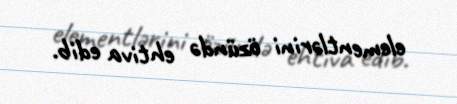
elementlərini özündə ehtiva edib.